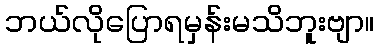
ဘယ်လိုပြောရမှန်းမသိဘူးဗျာ။